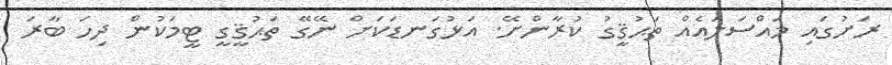
ރަށުގައި މައްސަލައެއް ތަޙުޤީގު ކުރާންށޭ. އަޅުގަނޑަކަށް ނޭގޭ ތަޙުޤީގީ ޓީމަކުން ދިހަ ބާރަ